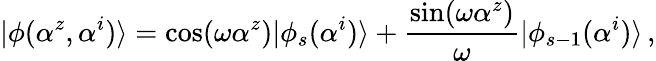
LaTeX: |\phi(\alpha^{z},\alpha^{i})\rangle=\cos(\omega\alpha^{z})|\phi_{s}(\alpha^{i})\rangle+\frac{\sin(\omega\alpha^{z})}{\omega}|\phi_{s-1}(\alpha^{i})\rangle\, ,